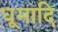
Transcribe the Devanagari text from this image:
धूमादि